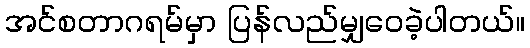
အင်စတာဂရမ်မှာ ပြန်လည်မျှဝေခဲ့ပါတယ်။